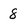
Character: 8